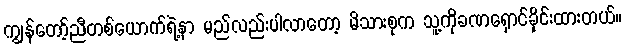
ကျွန်တော့်ညီတစ်ယောက်ရဲ့နာ မည်လည်းပါလာတော့ မိသားစုက သူ့ကိုခဏရှောင်ခိုင်းထားတယ်။